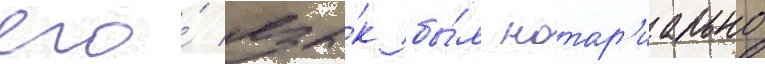
его́ язы́к бы́л нотар'иально